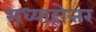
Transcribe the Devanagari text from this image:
मध्याहोत्तर